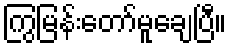
ကြွမြန်းတော်မူချေပြီ။